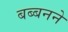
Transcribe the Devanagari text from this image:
बब्बनने